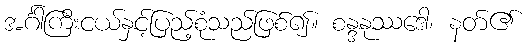
အင်္ဂါကြီးငယ်နှင့်ပြည့်စုံသည်ဖြစ်၍။ စန္ဒနုဿဒေါ၊ နတ်၏